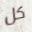
كل